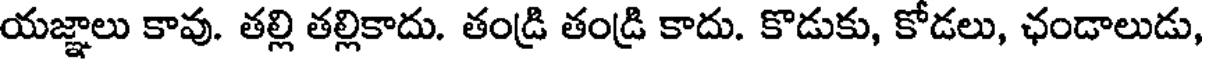
యజ్ఞాలు కావు. తల్లి తల్లికాదు. తండ్రి తండ్రి కాదు. కొడుకు, కోడలు, ఛండాలుడు,